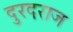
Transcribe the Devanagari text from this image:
दुरदराज